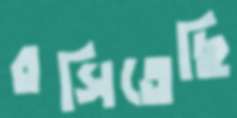
রসিতেছি